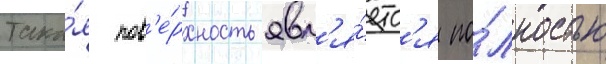
Така́я пов'е́рхность явл'я́етс'я по́лностью